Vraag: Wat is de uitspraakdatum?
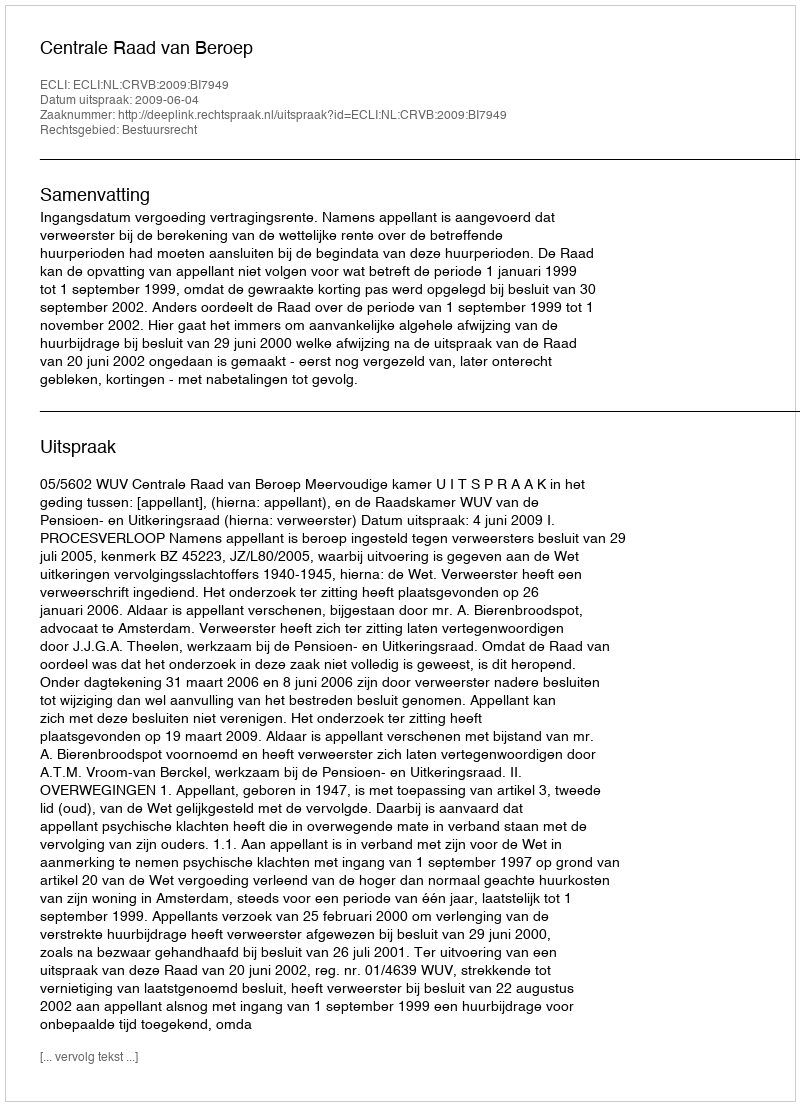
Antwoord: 2009-06-04